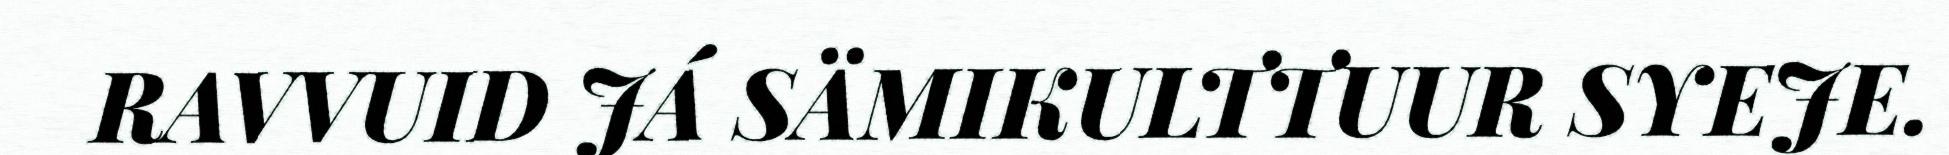
RAVVUID JÁ SÄMIKULTTUUR SYEJE.